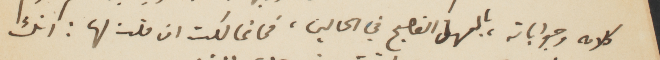
كلامه وجواباته، بالمهل الفصيح في الحالين، فما تمالكت ان قلت لها: انك